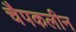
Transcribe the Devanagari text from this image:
चैपकलीन